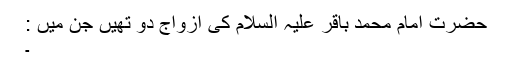
حضرت امام محمد باقر علیہ السلام کی ازواج دو تھیں جن میں :
۔